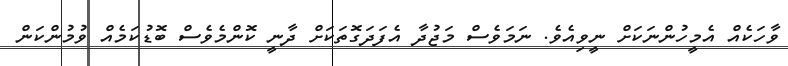
ވާހަކެއް އެމީހުންނަކަށް ނީވިއެވެ. ނަމަވެސް މަޖުދާ އެފަދަގޮތަކަށް ދާނީ ކޮންމެވެސް ބޮޑުކަމެއް ވުމުންކަން